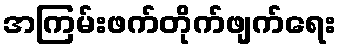
အကြမ်းဖက်တိုက်ဖျက်ရေး